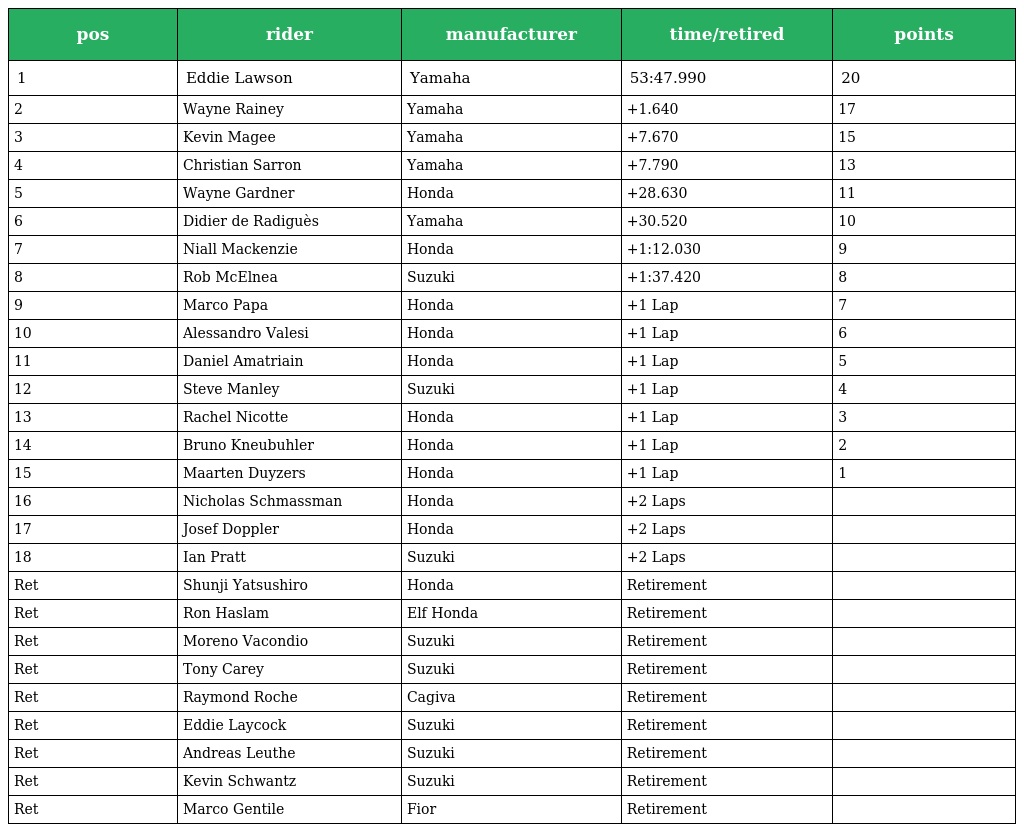
| pos | rider | manufacturer | time/retired | points |
 | --- | --- | --- | --- | --- |
 | 1 | Eddie Lawson | Yamaha | 53:47.990 | 20 |
 | 2 | Wayne Rainey | Yamaha | +1.640 | 17 |
 | 3 | Kevin Magee | Yamaha | +7.670 | 15 |
 | 4 | Christian Sarron | Yamaha | +7.790 | 13 |
 | 5 | Wayne Gardner | Honda | +28.630 | 11 |
 | 6 | Didier de Radiguès | Yamaha | +30.520 | 10 |
 | 7 | Niall Mackenzie | Honda | +1:12.030 | 9 |
 | 8 | Rob McElnea | Suzuki | +1:37.420 | 8 |
 | 9 | Marco Papa | Honda | +1 Lap | 7 |
 | 10 | Alessandro Valesi | Honda | +1 Lap | 6 |
 | 11 | Daniel Amatriain | Honda | +1 Lap | 5 |
 | 12 | Steve Manley | Suzuki | +1 Lap | 4 |
 | 13 | Rachel Nicotte | Honda | +1 Lap | 3 |
 | 14 | Bruno Kneubuhler | Honda | +1 Lap | 2 |
 | 15 | Maarten Duyzers | Honda | +1 Lap | 1 |
 | 16 | Nicholas Schmassman | Honda | +2 Laps |  |
 | 17 | Josef Doppler | Honda | +2 Laps |  |
 | 18 | Ian Pratt | Suzuki | +2 Laps |  |
 | Ret | Shunji Yatsushiro | Honda | Retirement |  |
 | Ret | Ron Haslam | Elf Honda | Retirement |  |
 | Ret | Moreno Vacondio | Suzuki | Retirement |  |
 | Ret | Tony Carey | Suzuki | Retirement |  |
 | Ret | Raymond Roche | Cagiva | Retirement |  |
 | Ret | Eddie Laycock | Suzuki | Retirement |  |
 | Ret | Andreas Leuthe | Suzuki | Retirement |  |
 | Ret | Kevin Schwantz | Suzuki | Retirement |  |
 | Ret | Marco Gentile | Fior | Retirement |  |